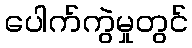
ပေါက်ကွဲမှုတွင်